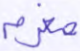
مغرم